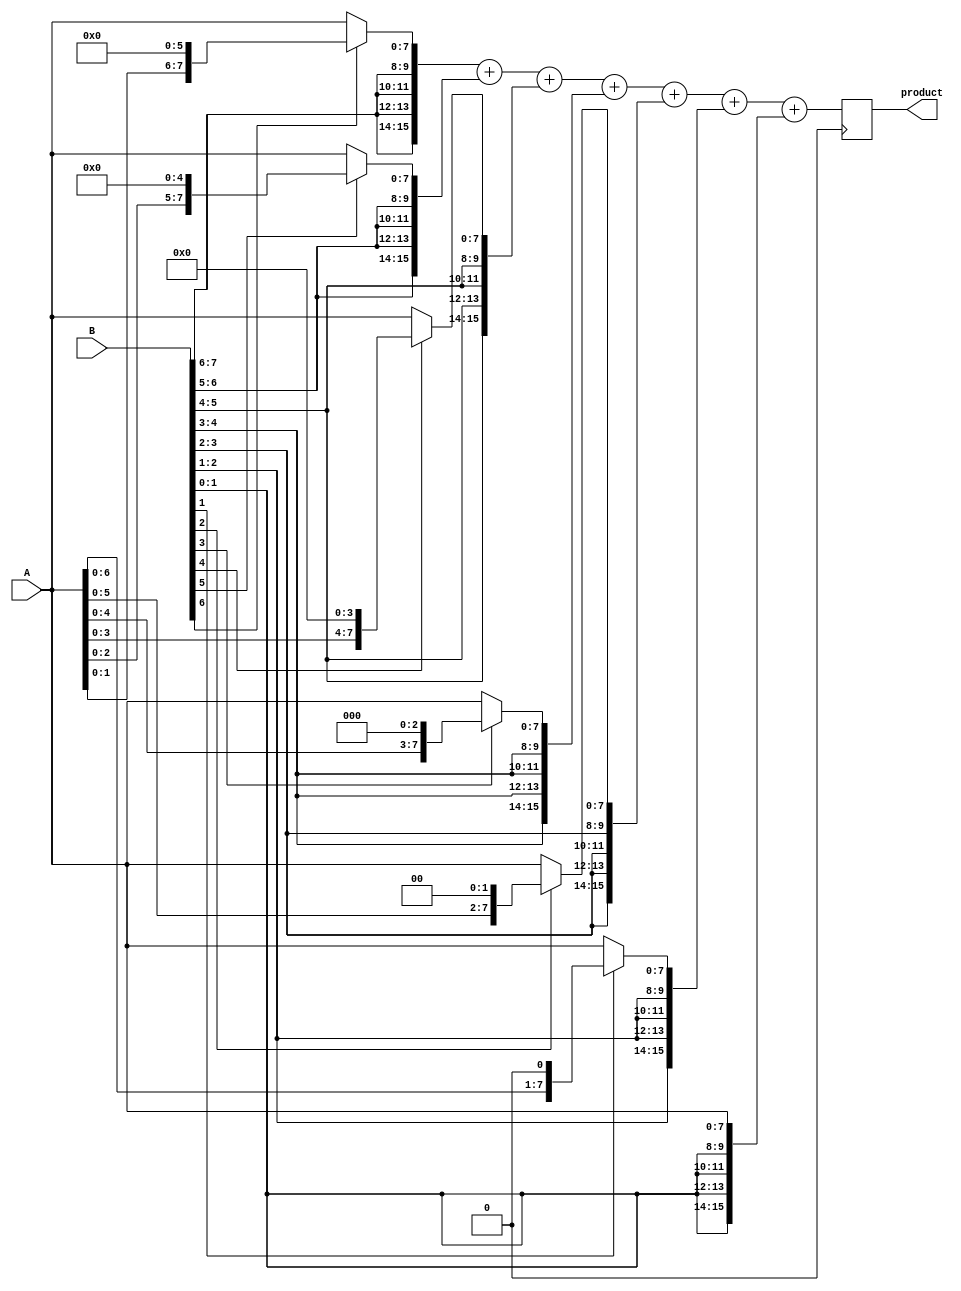
module BoothMultiplier(
    input [7:0] A,
    input [7:0] B,
    output reg [15:0] product
);

reg [7:0] partial_product [7:0];
wire [1:0] control_signals [7:0];

// Partial Product Generator
genvar i;
generate
    for (i = 0; i < 8; i = i + 1) begin : partial_product_generator
        assign partial_product[i] = (B[i] == 1) ? (A << i) : (A);
    end
endgenerate

// Booth Encoder
genvar j;
generate
    for (j = 0; j < 7; j = j + 1) begin : booth_encoder
        assign control_signals[j] = {B[j+1], B[j]};
    end
endgenerate

// 16-bit Adder
reg [15:0] sum;
always @(*) begin
    sum = {{8{control_signals[6]}}, partial_product[6]} + {{8{control_signals[5]}}, partial_product[5]} 
            + {{8{control_signals[4]}}, partial_product[4]} + {{8{control_signals[3]}}, partial_product[3]}
            + {{8{control_signals[2]}}, partial_product[2]} + {{8{control_signals[1]}}, partial_product[1]}
            + {{8{control_signals[0]}}, partial_product[0]};
end

// Product Register
always @(posedge clock) begin
    product <= sum;
end

endmodule